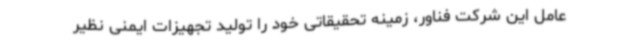
عامل این شرکت فناور، زمینه تحقیقاتی خود را تولید تجهیزات ایمنی نظیر